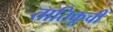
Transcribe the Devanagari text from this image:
तातिकूची